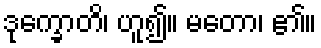
ဒုက္ခောတိ၊ ဟူ၍။ မတော၊ ၏။